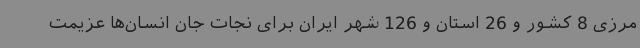
مرزی 8 کشور و 26 استان و 126 شهر ایران برای نجات جان انسان‌ها عزیمت